Lunatic asylums Central Provinces reports 1886-1894 - 1886-1894
Year: 1886
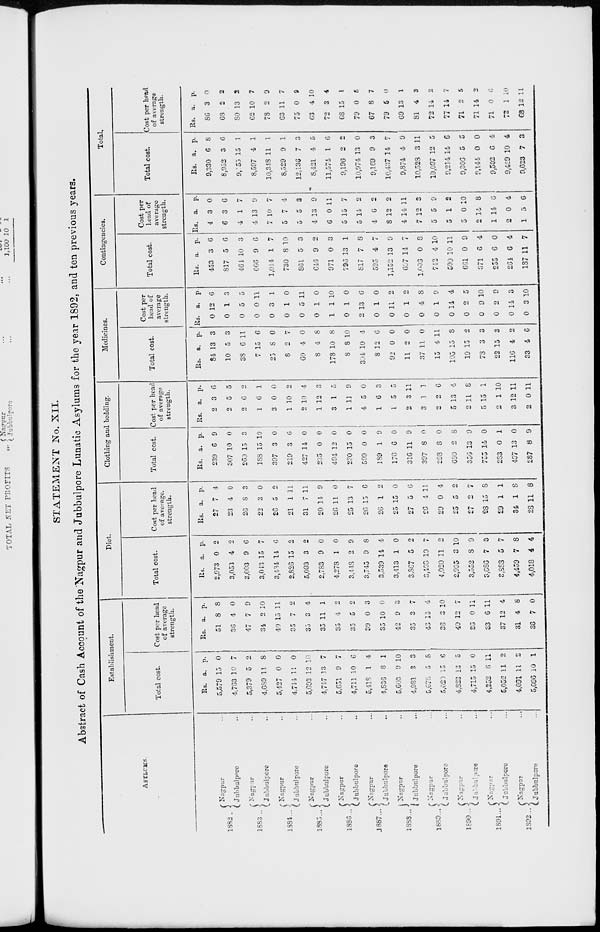
STATEMENT No. XII.
Abstract of Cash Account of the Nagpur and Jubbulpore Lunatic Asylums for the year 1892, and ten previous years.
ASYLUMS.
1882 ..
1883 ..
1884...
1885...
1886 ..
1887...
1888...
1889...
1890 ..
1891...
1892...
Nagpur...
Jubbulpore...
Nagpur...
Jubbulpore...
Nagpur...
Jubbulpore...
Nagpur...
Jubbulpore...
Nagpur...
Jubbulpore...
Nagpur...
Jubbulpore...
Nagpur...
Jubbulpore...
Nagpur...
Jubbulpore
...
Nagpur...
Jabbulpore...
Nagpur...
Jubbulpore...
Nagpur...
Jubbulpore...
Establishment.
Total cost.
Rs.
5,579
4,763
5,379
4,689
5,427
4,744
5,693
4,747
5,651
4,711
5,418
4,836
5,603
4,981
5,678
5,020
4,823
4,715
4,252
5,052
4,091
5,096
a.
15
10
5
11
0
11
12
13
9
10
1
8
9
3
5
15
13
15
8
11
11
10
p.
0
7
2
8
0
0
10
7
7
6
4
1
10
3
8
6
5
0
11
2
2
1
Cost per head
of average
strength.
Rs.
51
34
47
34
40
35
35
35
35
35
39
35
42
35
40
36
40
36
33
37
31
36
a.
8
4
7
2
15
7
3
11
4
5
0
10
9
3
13
3
12
0
6
12
4
7
p.
8
0
9
10
11
2
4
1
2
2
3
0
3
7
4
10
7
11
11
4
8
0
Diet.
Total cost.
Rs.
2,973
3,053
3,003
3,043
3,484
2,826
5,093
2,783
4,278
3,448
3,745
3,539
3,413
3,867
3,408
4,020
2,995
3,552
3686
3883
4,459
4,018
a.
0
4
9
15
14
15
3
9
1
2
9
14
1
5
10
11
3
8
7
5
7
4
p.
2
2
6
7
6
2
2
0
0
9
8
4
0
2
7
2
10
9
3
7
8
4
Cost per head
of average,
strength.
Rs.
27
23
26
22
26
21
31
20
26
25
26
26
25
27
26
29
25
27
28
29
34
28
a.
7
4
8
3
5
1
7
14
11
13
15
1
15
5
4
0
5
2
15
1
1
11
p.
4
0
3
0
2
11
11
9
0
7
6
2
0
6
11
4
2
7
8
1
8
8
Clothing and bedding.
Total cost.
Rs.
239
307
269
188
397
219
427
235
494
230
599
189
176
316
397
298
690
356
755
283
437
287
a.
6
10
15
15
3
3
14
0
12
15
0
1
6
11
8
8
2
13
14
0
13
8
p.
9
0
3
10
0
6
0
0
0
0
0
9
0
9
0
0
8
9
0
1
0
9
Cost per head
of average
strength.
Rs.
2
2
2
1
3
1
2
1
3
1
4
1
1
2
3
2
5
2
5
2
3
2
a.
3
5
6
6
0
10
10
12
1
11
5
6
5
3
1
2
13
11
15
1
12
0
p.
6
5
2
1
0
2
4
3
5
9
0
3
5
11
1
6
4
8
1
10
11
11
Medicines.
Total cost.
Rs.
84
10
38
7
25
8
60
8
178
8
394
8
92
11
37
15
105
19
78
22
116
33
a.
13
5
6
15
8
2
4
4
10
8
10
12
0
2
11
4
15
15
3
15
4
4
p.
3
3
11
6
0
7
0
8
8
10
4
6
0
0
0
11
8
2
3
3
2
6
Cost per
head of
average
strength.
Rs.
0
0
0
0
0
0
0
0
1
0
2
0
0
0
0
0
0
0
0
0
0
0
a.
12
1
5
0
3
1
5
1
1
1
13
1
11
1
4
1
14
2
9
2
14
3
p.
6
3
5
11
1
0
11
0
10
0
6
0
2
2
8
0
4
5
10
9
3
10
Contingencies.
Total cost.
Rs.
453
817
464
666
1,014
730
861
646
971
796
817
595
1,152
697
1,006
742
599
661
371
255
264
187
a.
3
5
10
9
1
8
5
9
0
13
7
4
13
14
0
4
10
0
6
6
6
11
p.
6
6
3
6
7
10
3
2
3
1
8
7
9
7
8
10
11
9
4
0
4
7
Cost per
head of
average
strength.
Rs.
4
6
4
4
7
5
5
4
6
5
5
4
8
4
7
5
5
5
2
1
2
1
a
3
3
1
13
10
7
5
13
0
15
14
6
12
14
12
5
1
0
14
14
0
5
p.
0
6
7
9
7
4
3
9
11
7
2
2
2
11
3
9
2
10
8
6
4
6
Total.
Total cost.
Rs.
9,330
8,952
9,155
8,597
10,348
8,529
12,136
8,421
11,574
9,196
10,974
9,169
10,437
9,874
10,528
10,097
9,214
9,306
9,144
9,502
9,429
9,623
a.
6
3
15
4
11
9
7
4
1
2
13
9
14
4
3
12
14
5
0
6
10
7
p.
8
6
1
1
1
1
3
5
6
2
0
3
7
9
11
5
6
5
0
4
4
3
Cost per head
of average
strength.
Rs.
86
68
80
62
78
63
75
63
72
68
79
67
79
69
81
72
77
71
71
71
72
68
a.
3
2
13
10
2
11
0
4
3
15
0
8
5
13
4
14
14
2
14
0
1
12
p.
0
2
3
7
9
7
9
10
4
1
5
7
0
1
3
2
7
5
2
6
10
1l